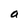
Character: a